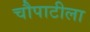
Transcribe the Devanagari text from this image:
चौपाटीला